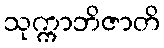
သုက္ကာဘိဇာတိ